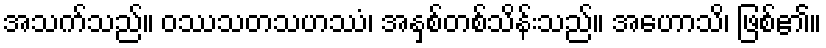
အသက်သည်။ ဝဿသတသဟဿံ၊ အနှစ်တစ်သိန်းသည်။ အဟောသိ၊ ဖြစ်၏။